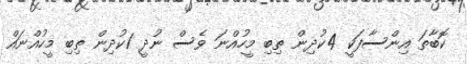
ކޮބާތަ އިންސާފަކީ 4ކުދިން ތިބި މީހުއްނަ ވެސް ނުދީ 1ކުދިން ތިބި މީހުއްނައް